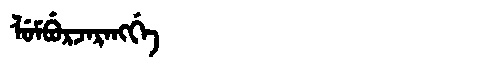
Manchu: ᠯᡠᠮᠪᡠᡵᠵᠠᡵᠠᠩᡤᡝ
Romanization: LUMBURJARANGGE